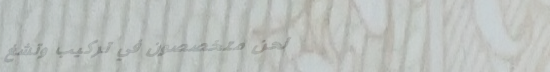
نحن متخصصون في تركيب وتشغ